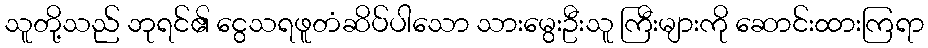
သူတို့သည် ဘုရင်၏ ငွေသရဖူတံဆိပ်ပါသော သားမွေးဦးသူ ကြီးများကို ဆောင်းထားကြရာ